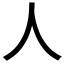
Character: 人